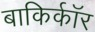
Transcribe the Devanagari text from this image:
बाकिर्कॉर